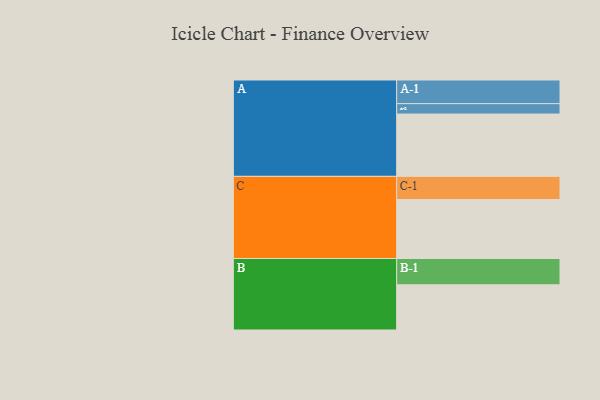
{"axis": {"x": "Segment", "y": "Value"}, "legend": ["", "A", "B", "C"], "data": [{"x": "A", "y": 569, "type": ""}, {"x": "B", "y": 413, "type": ""}, {"x": "C", "y": 538, "type": ""}, {"x": "A-1", "y": 216, "type": "A"}, {"x": "A-2", "y": 95, "type": "A"}, {"x": "B-1", "y": 240, "type": "B"}, {"x": "C-1", "y": 212, "type": "C"}]}